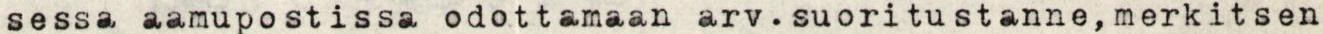
sessa aamupostissa odottamaan arv.suoritustanne, merkitsen